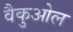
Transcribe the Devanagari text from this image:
वैकुओल